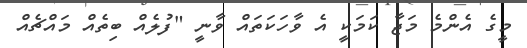
މީގެ އެންމެ މަޖާ ކަމަކީ އެ ވާހަކަތައް ވާނީ "ފުލެއް ބިތެއް މައްޗެއް